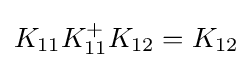
{\textstyle K_{11}K_{11}^{+}K_{12}=K_{12}}